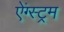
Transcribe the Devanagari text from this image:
ऐंग्स्ट्रम